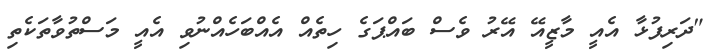
"ދަރިފުޅާ އެއީ މާޒީއޭ އޭރު ވެސް ބައްޕަގެ ހިތެއް އެއްބަހެއްނުވި އެއީ މަސްތުވާތަކެތި